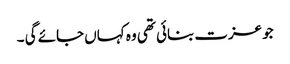
جو عزت بنائی تھی وہ کہاں جائے گی ۔